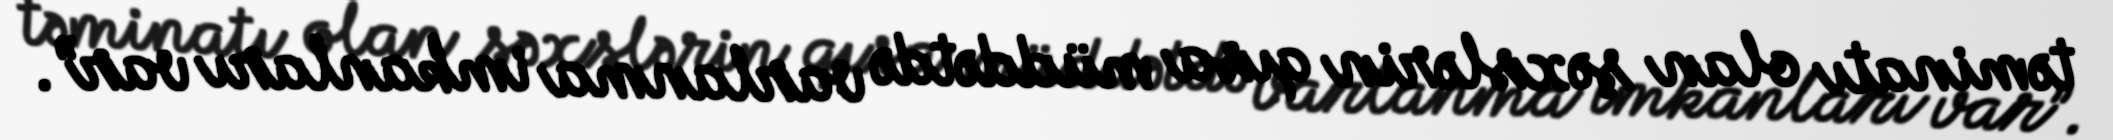
təminatı olan şəxslərin qısa müddətdə varlanma imkanları var”.